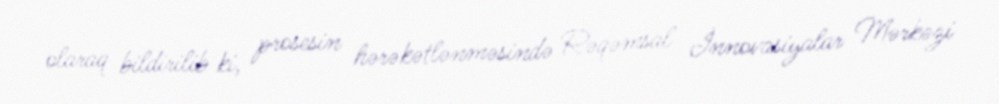
olaraq bildirilib ki, prosesin hərəkətlənməsində Rəqəmsal İnnovasiyalar Mərkəzi